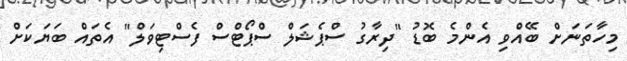
މިހާތަނަށް ބޭއްވި އެންމެ ބޮޑު "ދިރާގު ސްޕެޝަލް ސްޕޯޓްސް ފެސްޓިވަލް" އެތައް ބަޔަކަށް